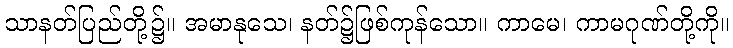
သာနတ်ပြည်တို့၌။ အမာနုသေ၊ နတ်၌ဖြစ်ကုန်သော။ ကာမေ၊ ကာမဂုဏ်တို့ကို။